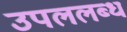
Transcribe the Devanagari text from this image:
उपललब्ध